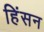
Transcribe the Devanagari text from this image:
हिंसन